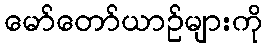
မော်တော်ယာဉ်များကို